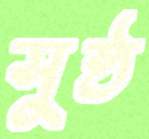
সুষ্ঠ